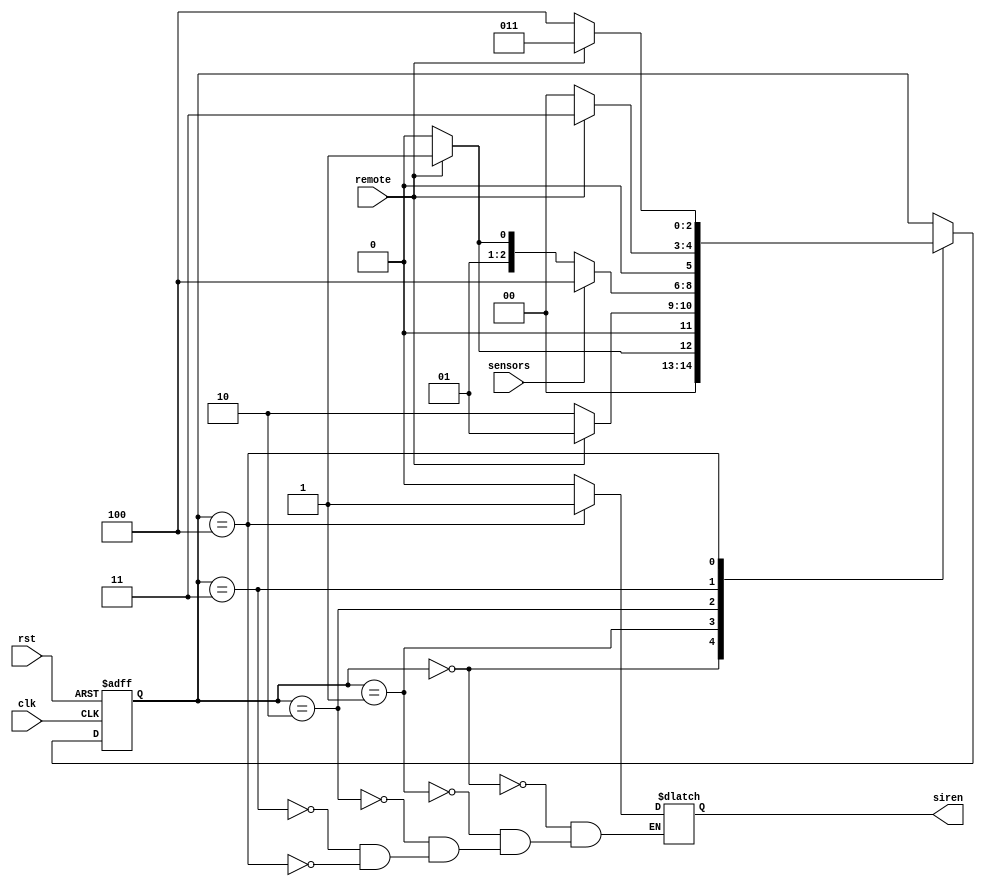
module alarm (clk, rst, remote, sensors, siren);
  input clk, rst, remote, sensors;
  output reg siren;
  
  // Registradores de estado
  reg [2:0] state;
  
  // Codificao dos estados
  parameter a   = 3'b000,
            at  = 3'b001,
            b   = 3'b010,
            bt  = 3'b011,
            c   = 3'b100;

  initial 
  begin
    state <= a;
  end
  
  // Primeiro procedimento - Definico prximo estado
  always @(negedge clk, negedge rst) 
  begin
    if(rst == 1'b0) state <=a;
    else begin
      case(state)
        a:begin
          if (remote == 1'b0) state <= a;
          else state <= at;
        end

        at:
        begin
          if(remote == 1'b1) state <= at;
          else state <= b;
        end

        b:
        begin
          if(sensors == 1'b1) state <= c;
          else if(remote == 1'b1) state <= bt;
          else state <= b;
        end

        bt:
        begin
          if(remote == 1'b1) state <= bt;
          else state <= a;
        end

        c:
        begin
          if(remote == 1'b0) state <= c;
          else state <= bt;
        end
      endcase
    end
  end
  
  always @(state) begin
    case(state)
      a:  siren = 1'b0;
      at: siren = 1'b0;
      b:  siren = 1'b0;
      bt: siren = 1'b0;
      c:  siren = 1'b1;
    endcase
  end
    
endmodule